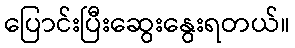
ပြောင်းပြီးဆွေးနွေးရတယ်။